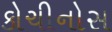
કોચીનોસ